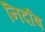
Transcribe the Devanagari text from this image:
निर्दाष